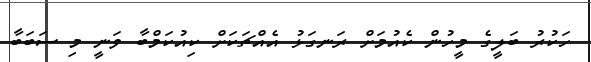
ހަކުރު ބަލީގެ މީހުން ކެއުމަށް ރަނގަޅު އެއްޗަކަށް ކިއުކަމްބާ ވަނީ މި ސަބަބާ